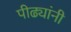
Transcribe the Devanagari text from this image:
पीढ्यांनी